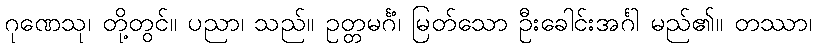
ဂုဏေသု၊ တို့တွင်။ ပညာ၊ သည်။ ဥတ္တမင်္ဂံ၊ မြတ်သော ဦးခေါင်းအင်္ဂါ မည်၏။ တဿာ၊